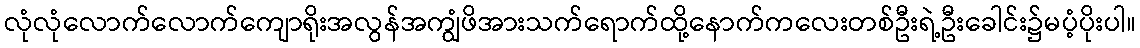
လုံလုံလောက်လောက်ကျောရိုးအလွန်အကျွံဖိအားသက်ရောက်ထို့နောက်ကလေးတစ်ဦးရဲ့ဦးခေါင်း၌မပံ့ပိုးပါ။